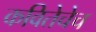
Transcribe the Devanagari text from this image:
कवितेचेच